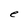
Character: e